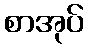
စာအုပ်